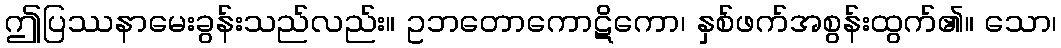
ဤပြဿနာမေးခွန်းသည်လည်း။ ဥဘတောကောဋိကော၊ နှစ်ဖက်အစွန်းထွက်၏။ သော၊